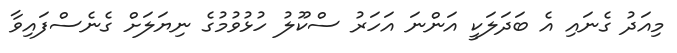
މިއަދު ގެނައި އެ ބަދަލަކީ އަންނަ އަހަރު ސްކޫލު ހުޅުވުމުގެ ނިޔަލަށް ގެނެސްފައިވާ